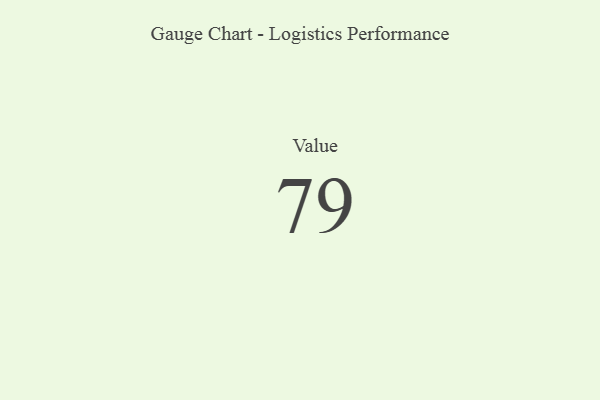
{"axis": {"x": "Metric", "y": "Value"}, "legend": [""], "data": [{"x": "Value", "y": 79, "type": ""}]}